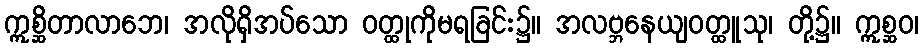
ဣစ္ဆိတာလာဘေ၊ အလိုရှိအပ်သော ဝတ္ထုကိုမရခြင်း၌။ အလဗ္ဘနေယျဝတ္ထူသု၊ တို့၌။ ဣစ္ဆဝ၊